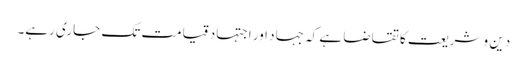
دین و شریعت کا تقاضا ہے کہ جہاد اور اجتہاد قیامت تک جاری رہے۔